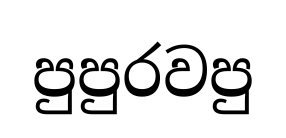
පුපුරවපු